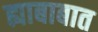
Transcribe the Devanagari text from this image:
ह्याबाबात